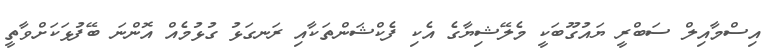
އިސްމާއިލް ސަބްރީ ޔައުގޫބަކީ މެލޭޝިޔާގެ އެކި ފެކްޝަންތަކާއި ރަނގަޅު ގުޅުމެއް އޮންނަ ބޭފުޅަކަށްވާތީ